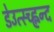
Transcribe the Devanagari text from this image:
डेउत्स्च्ह्लन्द